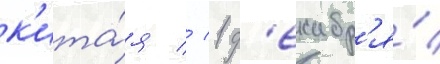
к'ита́я // 1 д'екабр'я́